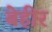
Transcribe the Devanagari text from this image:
बेहीर